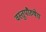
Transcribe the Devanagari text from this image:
वस्तुपौरुषेय